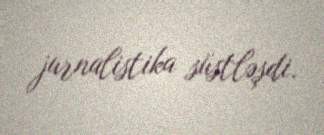
jurnalistika süstləşdi.